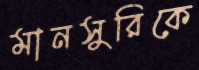
মানসুরিকে